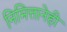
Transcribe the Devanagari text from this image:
निमित्तानेही